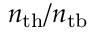
n _ { \mathrm { t h } } / n _ { \mathrm { t b } }